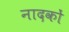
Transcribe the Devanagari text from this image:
नादकों